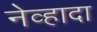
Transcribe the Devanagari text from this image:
नेव्हादा